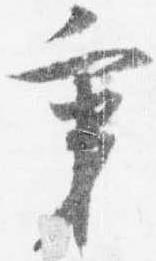
秉